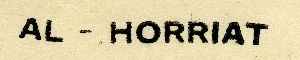
AL – HORRIAT